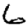
Digit: 6